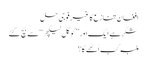
افغان تنازع کا غیر فوجی حل
شکر ہے ایک اور ’’گوگل لیکچر‘‘ سے بچ گئے
ملبہ کب اُٹھے گا؟